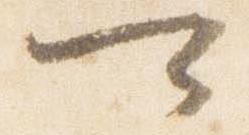
可